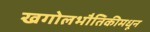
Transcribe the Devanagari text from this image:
खगोलभौतिकीमधून